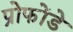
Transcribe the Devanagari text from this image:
प्रोफोंडे